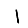
Digit: 1